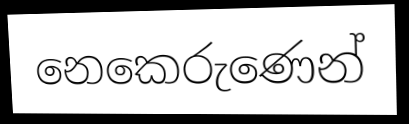
නෙකෙරුණෙන්